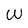
Character: W